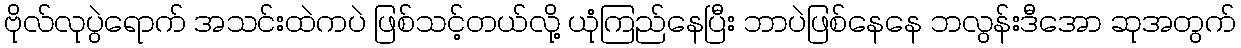
ဗိုလ်လုပွဲရောက် အသင်းထဲကပဲ ဖြစ်သင့်တယ်လို့ ယုံကြည်နေပြီး ဘာပဲဖြစ်နေနေ ဘလွန်းဒီအော ဆုအတွက်